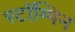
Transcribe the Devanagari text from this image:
स्टॉम्पिन